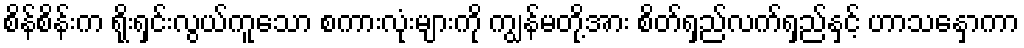
စိန်စိန်းက ရိုးရှင်းလွယ်ကူသော စကားလုံးများကို ကျွန်မတို့အား စိတ်ရှည်လက်ရှည်နှင့် ဟာသနှောကာ